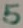
Text: 5